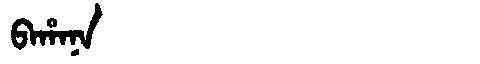
Manchu: ᠪᠠᡥᠠᠨᠠ
Romanization: BAHANA